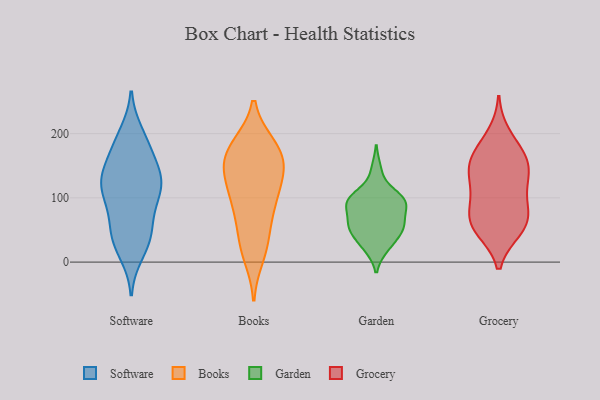
{"axis": {"x": "Customer Acquisition Cost (USD)", "y": "Value"}, "legend": ["Books", "Garden", "Grocery", "Software"], "data": [{"x": "", "y": 49, "type": "Software"}, {"x": "", "y": 125, "type": "Software"}, {"x": "", "y": 118, "type": "Software"}, {"x": "", "y": 57, "type": "Software"}, {"x": "", "y": 126, "type": "Software"}, {"x": "", "y": 124, "type": "Software"}, {"x": "", "y": 14, "type": "Software"}, {"x": "", "y": 26, "type": "Software"}, {"x": "", "y": 164, "type": "Software"}, {"x": "", "y": 192, "type": "Software"}, {"x": "", "y": 104, "type": "Software"}, {"x": "", "y": 136, "type": "Software"}, {"x": "", "y": 183, "type": "Software"}, {"x": "", "y": 128, "type": "Software"}, {"x": "", "y": 200, "type": "Software"}, {"x": "", "y": 97, "type": "Software"}, {"x": "", "y": 158, "type": "Software"}, {"x": "", "y": 89, "type": "Software"}, {"x": "", "y": 36, "type": "Software"}, {"x": "", "y": 46, "type": "Software"}, {"x": "", "y": 164, "type": "Books"}, {"x": "", "y": 69, "type": "Books"}, {"x": "", "y": 88, "type": "Books"}, {"x": "", "y": 144, "type": "Books"}, {"x": "", "y": 181, "type": "Books"}, {"x": "", "y": 146, "type": "Books"}, {"x": "", "y": 109, "type": "Books"}, {"x": "", "y": 179, "type": "Books"}, {"x": "", "y": 135, "type": "Books"}, {"x": "", "y": 119, "type": "Books"}, {"x": "", "y": 163, "type": "Books"}, {"x": "", "y": 180, "type": "Books"}, {"x": "", "y": 86, "type": "Books"}, {"x": "", "y": 29, "type": "Books"}, {"x": "", "y": 10, "type": "Books"}, {"x": "", "y": 29, "type": "Books"}, {"x": "", "y": 63, "type": "Garden"}, {"x": "", "y": 53, "type": "Garden"}, {"x": "", "y": 97, "type": "Garden"}, {"x": "", "y": 108, "type": "Garden"}, {"x": "", "y": 57, "type": "Garden"}, {"x": "", "y": 144, "type": "Garden"}, {"x": "", "y": 24, "type": "Garden"}, {"x": "", "y": 87, "type": "Garden"}, {"x": "", "y": 90, "type": "Garden"}, {"x": "", "y": 58, "type": "Garden"}, {"x": "", "y": 93, "type": "Garden"}, {"x": "", "y": 53, "type": "Garden"}, {"x": "", "y": 100, "type": "Garden"}, {"x": "", "y": 41, "type": "Garden"}, {"x": "", "y": 22, "type": "Garden"}, {"x": "", "y": 91, "type": "Garden"}, {"x": "", "y": 61, "type": "Grocery"}, {"x": "", "y": 166, "type": "Grocery"}, {"x": "", "y": 51, "type": "Grocery"}, {"x": "", "y": 95, "type": "Grocery"}, {"x": "", "y": 78, "type": "Grocery"}, {"x": "", "y": 123, "type": "Grocery"}, {"x": "", "y": 169, "type": "Grocery"}, {"x": "", "y": 50, "type": "Grocery"}, {"x": "", "y": 158, "type": "Grocery"}, {"x": "", "y": 56, "type": "Grocery"}, {"x": "", "y": 134, "type": "Grocery"}, {"x": "", "y": 83, "type": "Grocery"}, {"x": "", "y": 151, "type": "Grocery"}, {"x": "", "y": 198, "type": "Grocery"}, {"x": "", "y": 130, "type": "Grocery"}]}